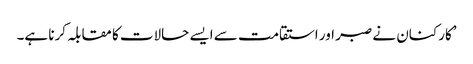
’کارکنان نے صبر اور استقامت سے ایسے حالات کا مقابلہ کرنا ہے۔